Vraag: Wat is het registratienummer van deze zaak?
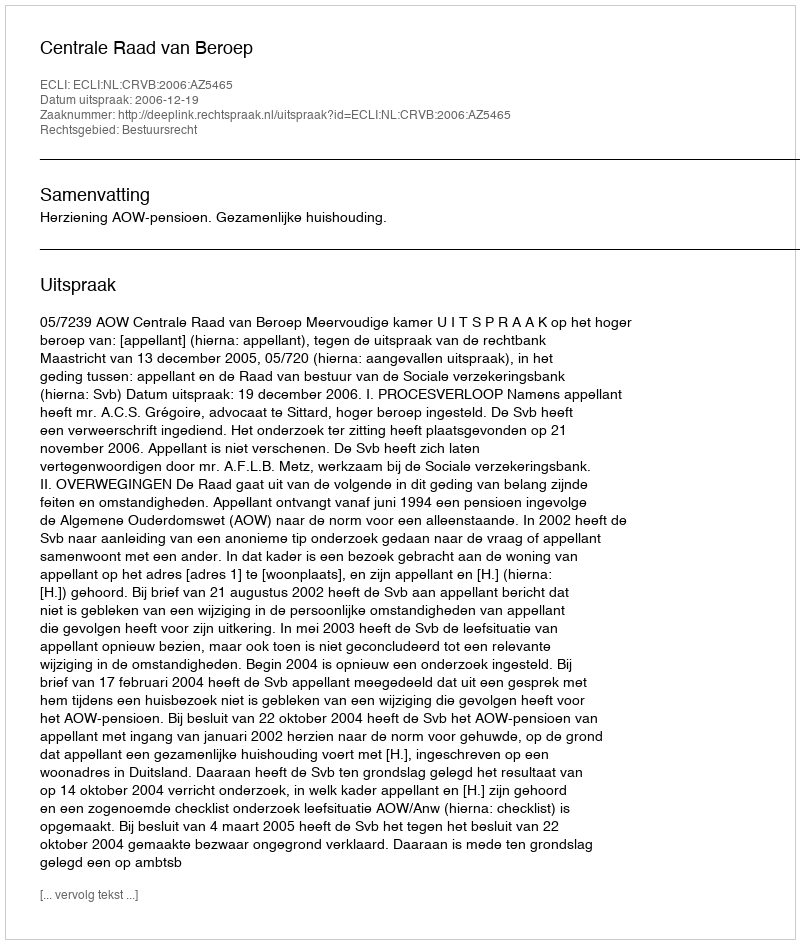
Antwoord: http://deeplink.rechtspraak.nl/uitspraak?id=ECLI:NL:CRVB:2006:AZ5465